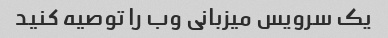
یک سرویس میزبانی وب را توصیه کنید